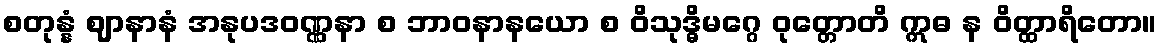
စတုန္နံ ဈာနာနံ အနုပဒဝဏ္ဏနာ စ ဘာဝနာနယော စ ဝိသုဒ္ဓိမဂ္ဂေ ဝုတ္တောတိ ဣဓ န ဝိတ္ထာရိတော။